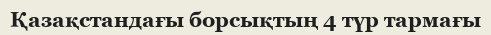
Қазақстандағы борсықтың 4 түр тармағы